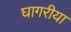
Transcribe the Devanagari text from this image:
घागरीया